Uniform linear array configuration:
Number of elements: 32
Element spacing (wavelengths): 0.75
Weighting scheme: binomial
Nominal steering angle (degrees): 15
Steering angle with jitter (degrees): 16.86
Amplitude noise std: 0.05
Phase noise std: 0.05

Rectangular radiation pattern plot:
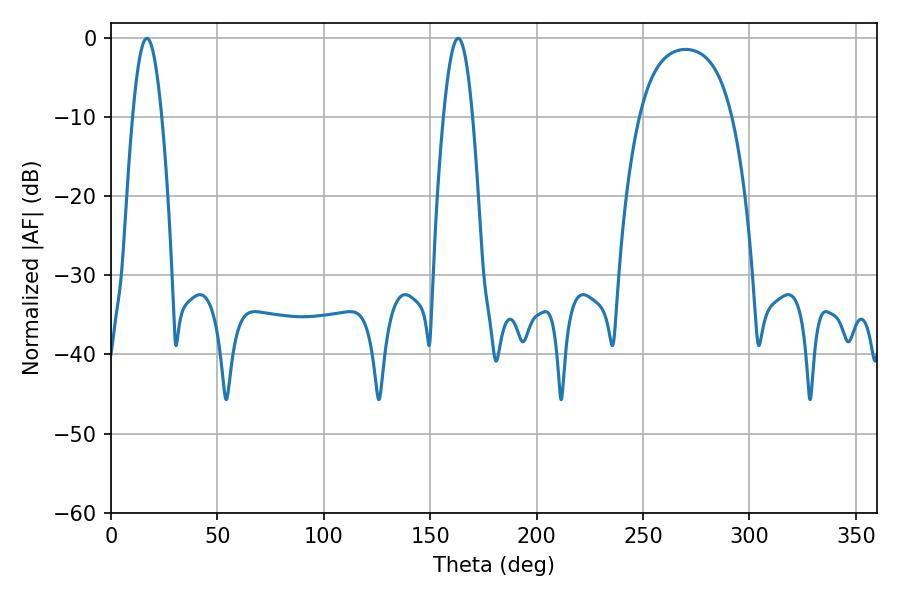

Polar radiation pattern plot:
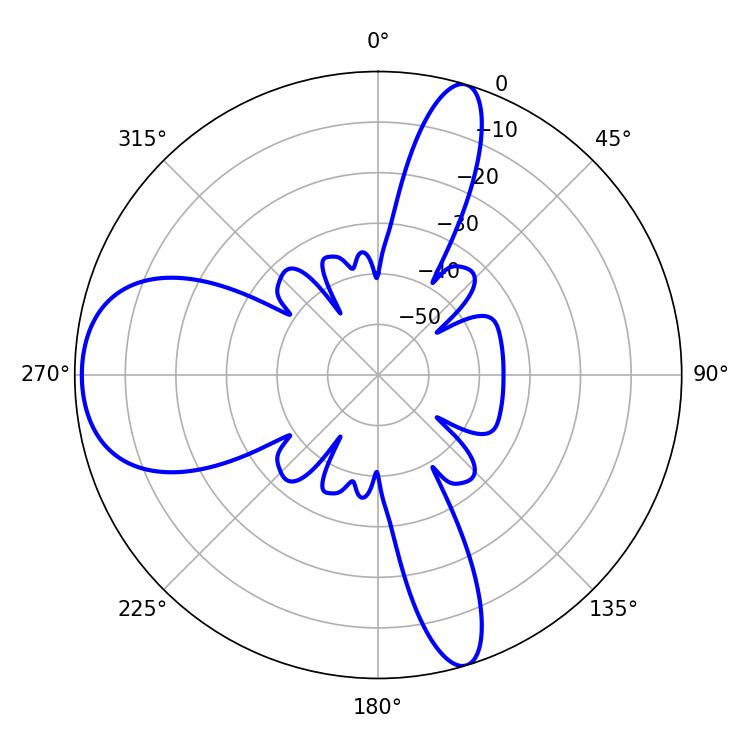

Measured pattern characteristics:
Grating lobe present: TRUE
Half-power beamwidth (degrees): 7.38
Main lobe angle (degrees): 16.92